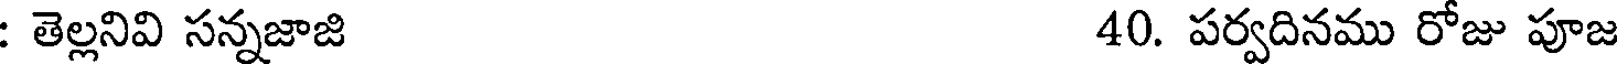
: తెల్లనివి సన్నజాజి 40. పర్వదినము రోజు పూజ